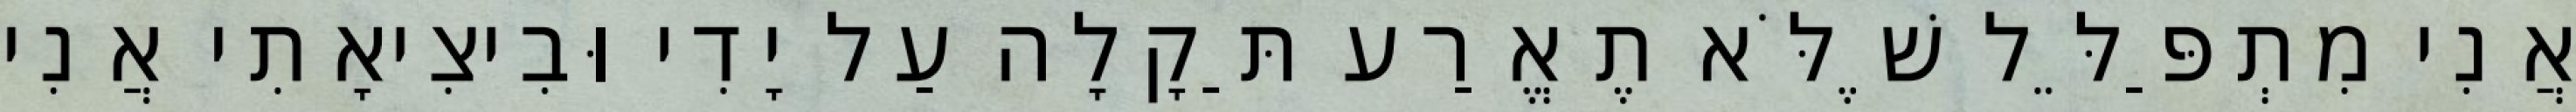
אֲנִי מִתְפַּלֵּל שֶׁלֹּא תֶאֱרַע תַּקָלָה עַל יָדִי וּבִיצִיאָתִי אֲנִי